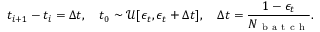
t _ { i + 1 } - t _ { i } = \Delta t , \quad t _ { 0 } \sim \mathcal { U } [ \epsilon _ { t } , \epsilon _ { t } + \Delta t ] , \quad \Delta t = \frac { 1 - \epsilon _ { t } } { N _ { \mathrm { ~ b ~ a ~ t ~ c ~ h ~ } } } .